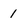
Character: 1